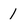
Character: 1